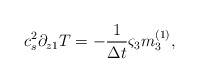
\begin{align*}c_s^2\partial _{z1}T =-\frac{1}{\Delta t} {\varsigma}_3{m}_3 ^{(1)},\end{align*}